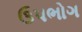
ઉપભોગ